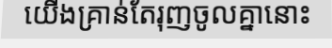
យើងគ្រាន់តែរុញចូលគ្នានោះ